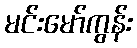
မင်းမော်ကွန်း